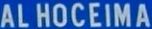
ALHOCEIMA